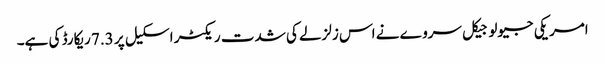
امریکی جیولوجیکل سروے نے اس زلزلے کی شدت ریکٹر اسکیل پر 7.3 ریکارڈ کی ہے۔